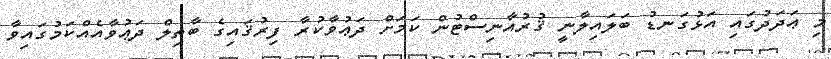
މި ޢަދަދުގައި އަޅުގަނޑު ބަލައިލާނީ ޤުރުއާނިސްޓުން ކަމަށް ދަޢުވާކުރާ ފިރުޤައިގެ ބާޠިލް ދަޢުވާއެއްކަމުގައިވާ